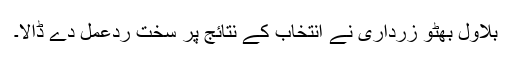
بلاول بھٹو زرداری نے انتخاب کے نتائج پر سخت ردعمل دے ڈالا۔